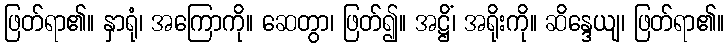
ဖြတ်ရာ၏။ နှာရုံ၊ အကြောကို။ ဆေတွာ၊ ဖြတ်၍။ အဋ္ဌိံ၊ အရိုးကို။ ဆိန္ဒေယျ၊ ဖြတ်ရာ၏။